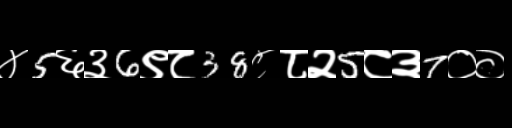
Text: ४5६३6९८38८८२5८३7००